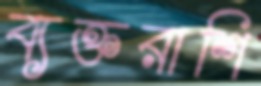
ব্যক্তরাশি